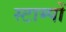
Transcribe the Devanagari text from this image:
स्टाम्पों